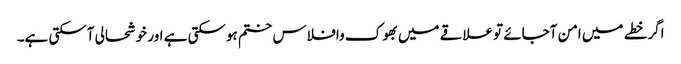
اگرخطے میں امن آجائے توعلاقے میں بھوک وافلاس ختم ہوسکتی ہے اور خوشحالی آسکتی ہے۔